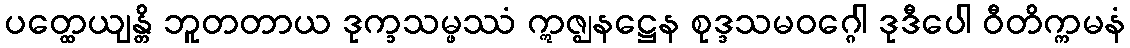
ပတ္ထေယျန္တိ ဘူတတာယ ဒုက္ခသမ္ဖဿံ ဣဇ္ဈနဋ္ဌေန စုဒ္ဒသမဝဂ္ဂေါ ဒုဒီပေါ ဝီတိက္ကမနံ